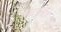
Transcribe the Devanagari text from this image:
कुदालोर